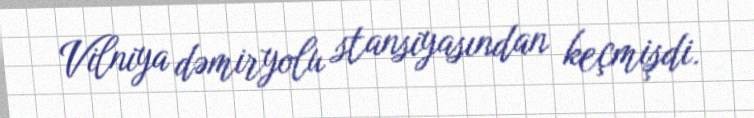
Vilniya dəmiryolu stansiyasından keçmişdi.